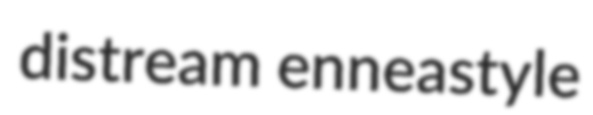
distream enneastyle